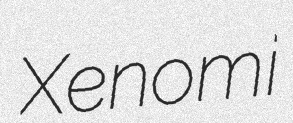
Xenomi